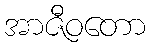
အာဇီဝတော